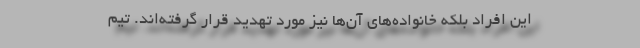
این افراد بلکه خانواده‌های آن‌ها نیز مورد تهدید قرار گرفته‌اند. تیم